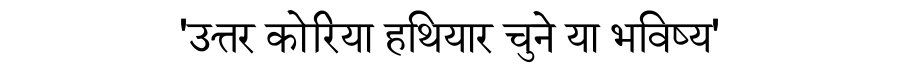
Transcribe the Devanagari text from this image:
'उत्तर कोरिया हथियार चुने या भविष्य'